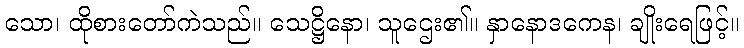
သော၊ ထိုစားတော်ကဲသည်။ သေဋ္ဌိနော၊ သူဌေး၏။ နှာနောဒကေန၊ ချိုးရေဖြင့်။